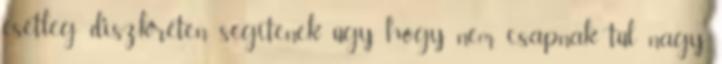
esetleg diszkréten segítenek úgy, hogy nem csapnak túl nagy